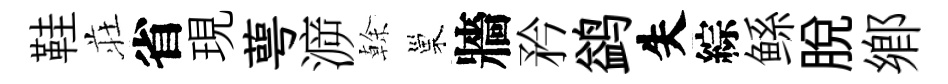
鞋荘省現萼㴑𠏉巢牆矜鹢失綜鲧脱鄕